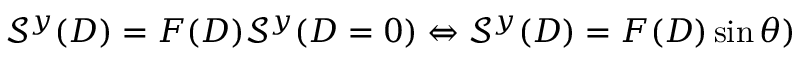
\mathcal { S } ^ { y } ( D ) = F ( D ) \mathcal { S } ^ { y } ( D = 0 ) \Leftrightarrow \mathcal { S } ^ { y } ( D ) = F ( D ) \sin \theta )